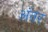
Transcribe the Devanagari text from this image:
अंंतर